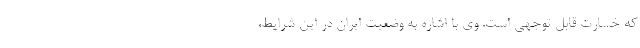
که خسارت قابل توجهی است. وی با اشاره به وضعیت ایران در این شرایط،